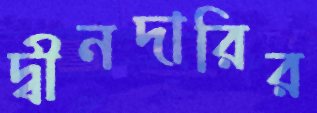
দ্বীনদারির